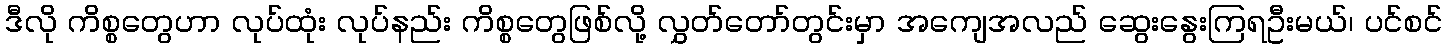
ဒီလို ကိစ္စတွေဟာ လုပ်ထုံး လုပ်နည်း ကိစ္စတွေဖြစ်လို့ လွှတ်တော်တွင်းမှာ အကျေအလည် ဆွေးနွေးကြရဦးမယ်၊ ပင်စင်